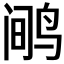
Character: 𲍻